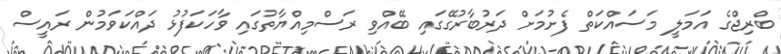
ބްރިޖްގެ އަމަލީ މަސައްކަތް ފެށުމަށް ދަރުބާރުގޭގައި ބޭއްވި ރަސްމިއްޔާތުގައި ވާހަކަފުޅު ދައްކަވަމުން ރައީސް